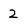
Character: 2